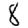
Digit: 8